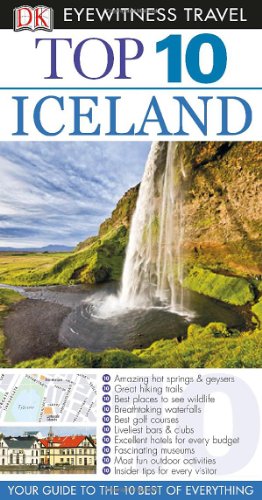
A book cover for Top 10 Iceland (Eyewitness Top 10 Travel Guide); DK Publishing; Travel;